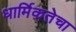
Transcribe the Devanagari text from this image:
धार्मिकतेचा